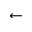
\leftarrow